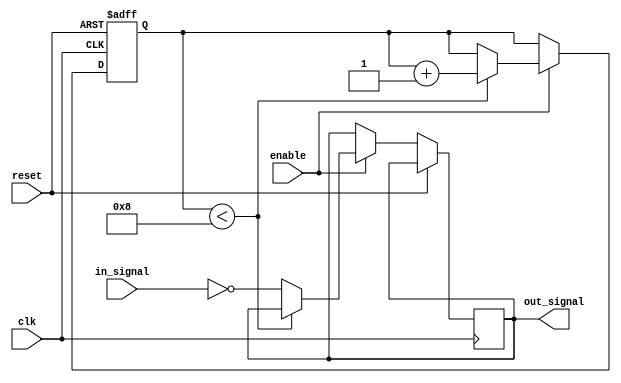
module timing_control_sync_block (
    input wire clk,
    input wire reset,
    input wire enable,
    input wire in_signal,
    output reg out_signal
);

reg [7:0] delay_counter;
parameter DELAY_VALUE = 8; // Set delay value to 8 cycles

always @(posedge clk or posedge reset) begin
    if (reset) begin
        delay_counter <= 0;
    end else if (enable) begin
        if (delay_counter < DELAY_VALUE) begin
            delay_counter <= delay_counter + 1;
        end else begin
            out_signal <= ~(in_signal);
        end
    end
end

endmodule